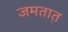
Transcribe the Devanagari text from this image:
जमतात़